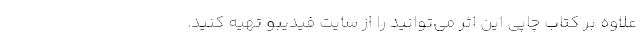
علاوه بر کتاب چاپی این اثر می‌توانید را از سایت فیدیبو تهیه کنید.